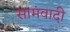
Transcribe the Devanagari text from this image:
सामंवादी